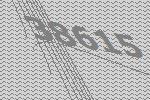
38615